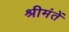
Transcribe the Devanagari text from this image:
श्रीमंतें